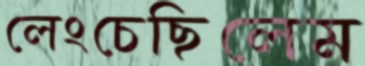
লেংচেছিলেম